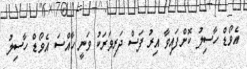
އެވޯޑް ހާސިލު ކޮށްފައިވާ އިރު ފަސް ދަރިވަރަކު ވަނީ ހާއްސަ އެވޯޑް ހާސިލު